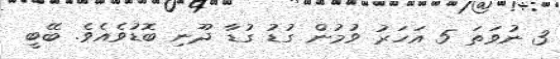
3 ނުވަތަ 5 އަހަރު ވުމުން ގުޑު ގުޑާ ދޫނި ބޮޑުވެއެވެ. ބޭބީ